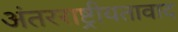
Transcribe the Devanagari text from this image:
अंतरराष्ट्रीयतावाद